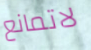
لاتمانع